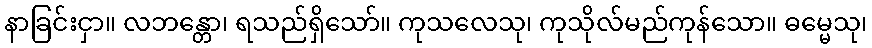
နာခြင်းငှာ။ လဘန္တော၊ ရသည်ရှိသော်။ ကုသလေသု၊ ကုသိုလ်မည်ကုန်သော။ ဓမ္မေသု၊